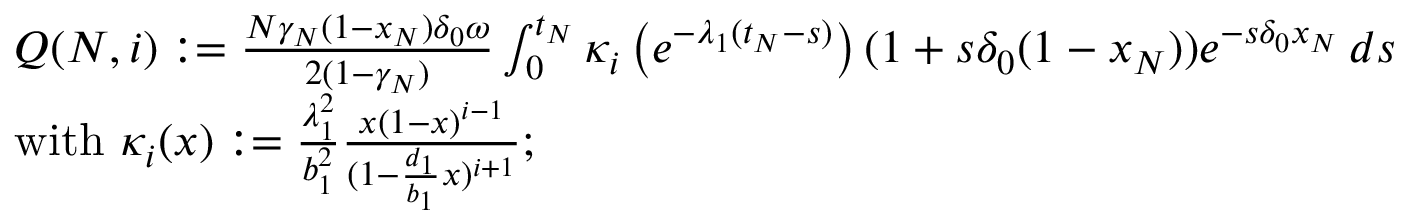
\begin{array} { r l } & { Q ( N , i ) : = \frac { N \gamma _ { N } ( 1 - x _ { N } ) \delta _ { 0 } \omega } { 2 ( 1 - \gamma _ { N } ) } \int _ { 0 } ^ { t _ { N } } \kappa _ { i } \left( e ^ { - \lambda _ { 1 } ( t _ { N } - s ) } \right) ( 1 + s \delta _ { 0 } ( 1 - x _ { N } ) ) e ^ { - s \delta _ { 0 } x _ { N } } \, d s } \\ & { \mathrm { w i t h ~ } \kappa _ { i } ( x ) : = \frac { \lambda _ { 1 } ^ { 2 } } { b _ { 1 } ^ { 2 } } \frac { x ( 1 - x ) ^ { i - 1 } } { ( 1 - \frac { d _ { 1 } } { b _ { 1 } } x ) ^ { i + 1 } } ; } \end{array}